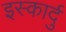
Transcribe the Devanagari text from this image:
इस्कार्दु